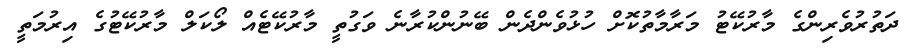
ދަތުރުވެރިންގެ މާރުކޭޓު މަރާމާތުކޮށް ހުޅުވެންދެން ބޭނުންކުރާނެ ވަގުތީ މާރުކޭޓެއް ލޯކަލް މާރުކޭޓުގެ އިރުމަތީ